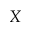
X